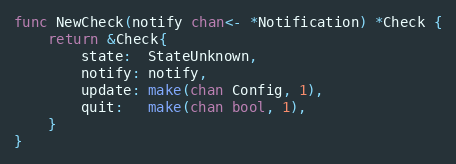
Language: Go
func NewCheck(notify chan<- *Notification) *Check {
	return &Check{
		state:  StateUnknown,
		notify: notify,
		update: make(chan Config, 1),
		quit:   make(chan bool, 1),
	}
}